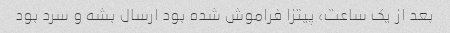
بعد از یک ساعت، پیتزا فراموش شده بود ارسال بشه و سرد بود